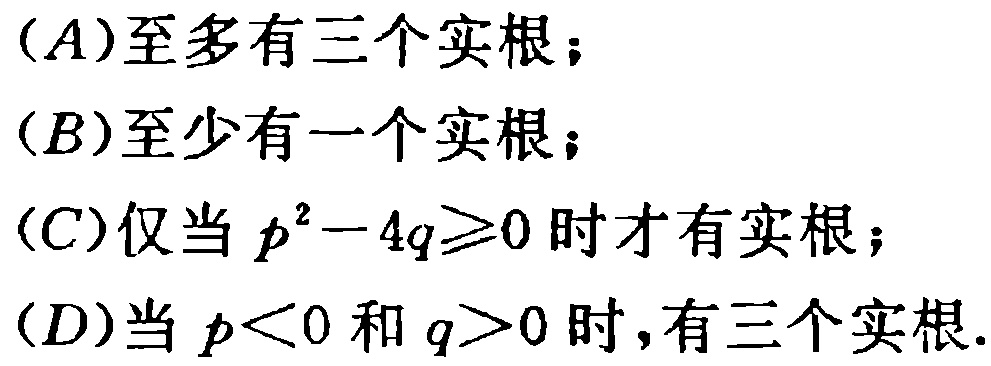
(A)至多有三个实根；
(B)至少有一个实根；
(C)仅当 \(p^{2}-4q\geqslant0\) 时有实根；
(D)当 \(p<0\) 和 \(q>0\) 时，有三个实根.